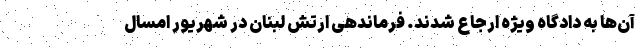
آن‌ها به دادگاه ویژه ارجاع شدند. فرماندهی ارتش لبنان در شهریور امسال